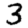
Digit: 3